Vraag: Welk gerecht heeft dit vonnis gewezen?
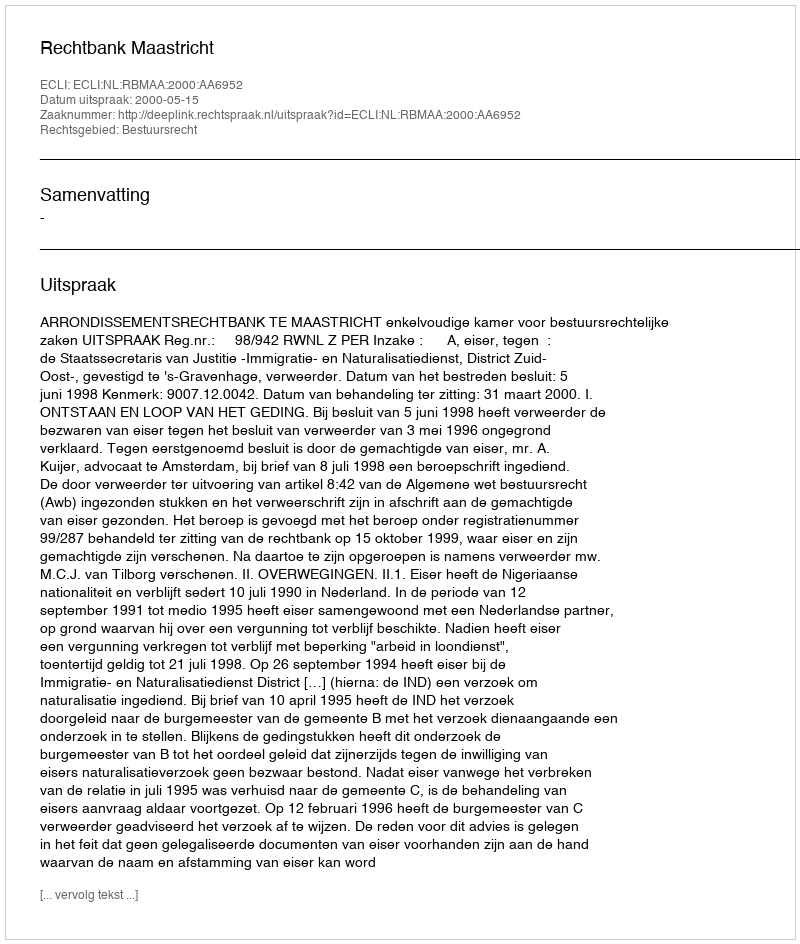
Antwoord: Rechtbank Maastricht